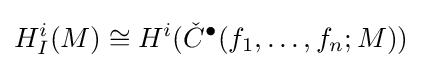
H_{I}^{i}(M)\cong H^{i}({\check {C}}^{\bullet }(f_{1},\ldots ,f_{n};M))